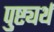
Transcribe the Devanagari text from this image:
पुष्ट्यर्थ